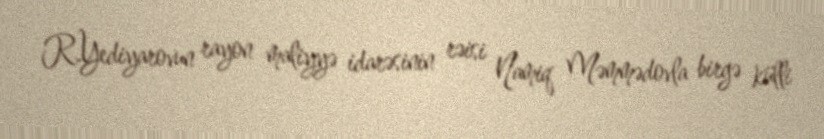
R.Yediyarovun rayon maliyyə idarəsinin rəisi Namiq Məmmədovla birgə külli